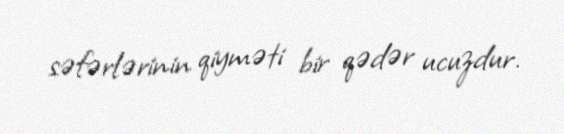
səfərlərinin qiyməti bir qədər ucuzdur.